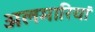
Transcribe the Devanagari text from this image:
अलमारियां